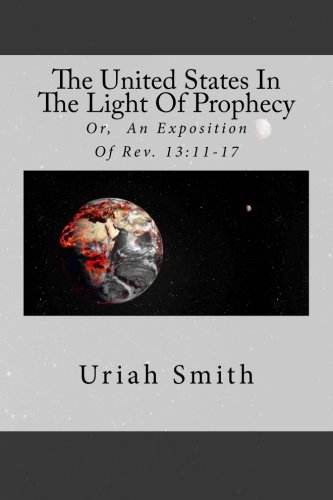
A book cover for The United States In The Light Of Prophecy: Or,  An Exposition Of Rev. 13:11-17; Uriah Smith; Christian Books & Bibles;